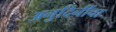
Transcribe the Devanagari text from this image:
अनुदिनींचा